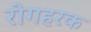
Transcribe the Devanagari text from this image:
रोगहरक